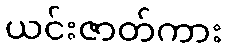
ယင်းဇာတ်ကား